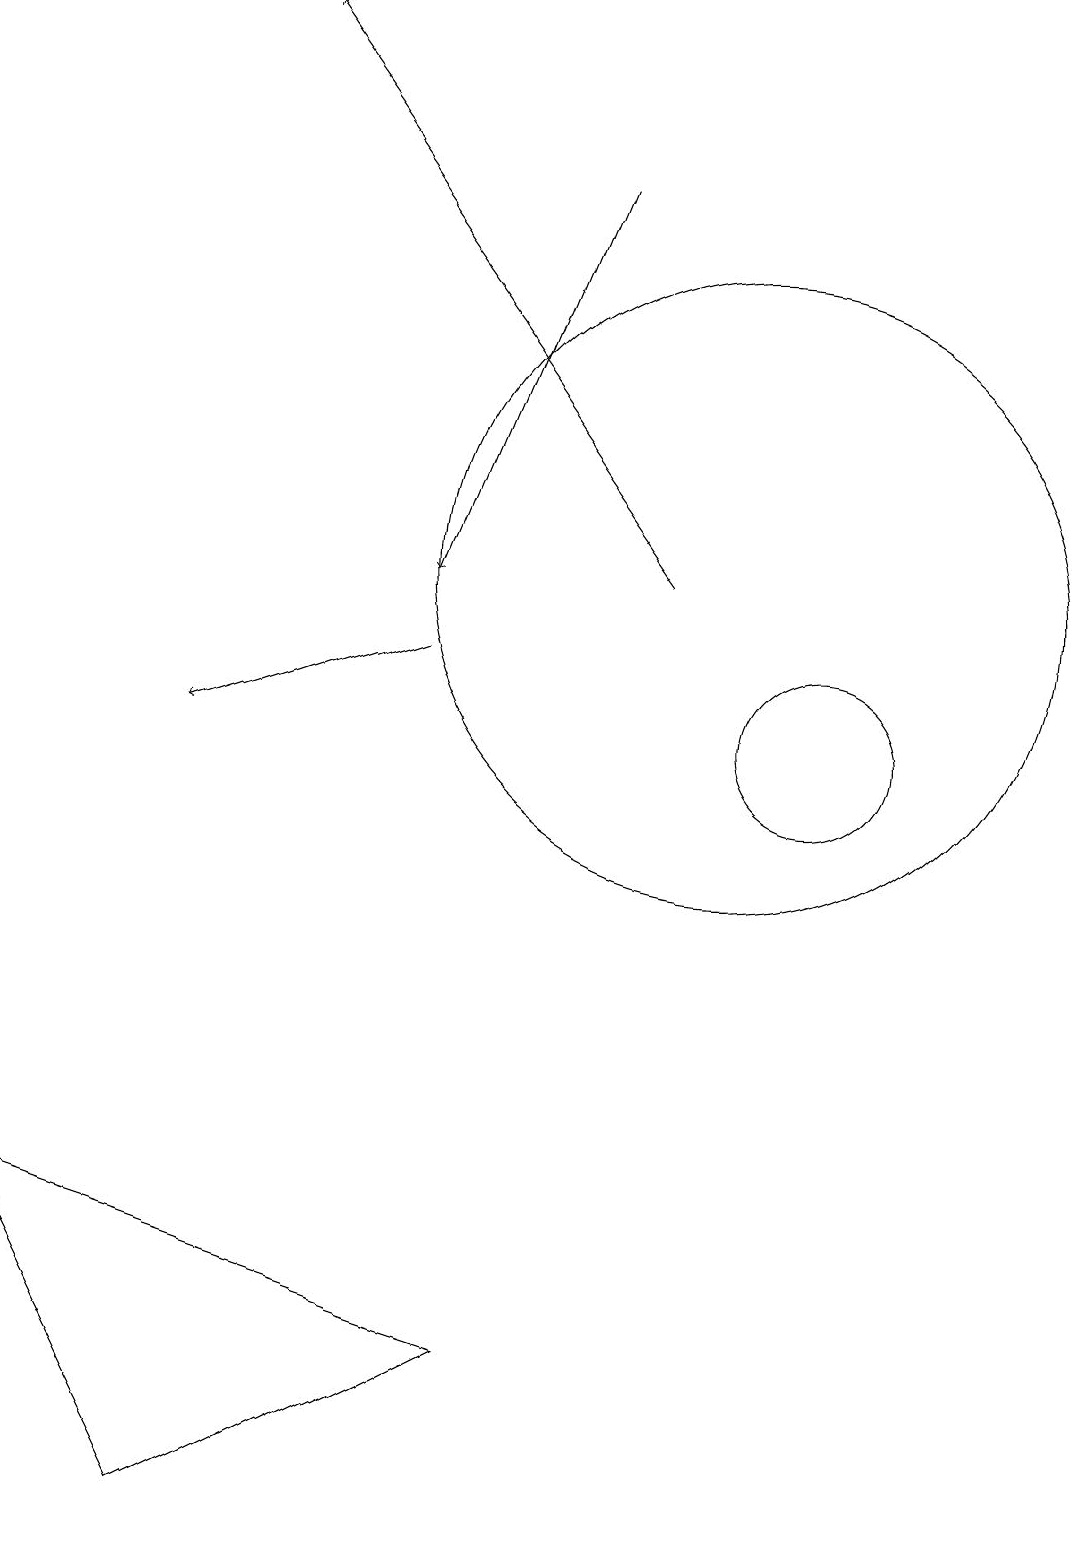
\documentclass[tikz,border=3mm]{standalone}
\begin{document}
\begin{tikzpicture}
\draw[->] (8,17) -- (6,12);
\draw (1,4) -- (3,0) -- (7,2) -- cycle;
\draw[->] (9,12) -- (4,19);
\draw (10,12) circle (4);
\draw[->] (6,11) -- (3,10);
\draw (11,10) circle (1);
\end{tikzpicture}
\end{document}